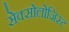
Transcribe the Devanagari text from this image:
सेक्सोलोजिस्ट